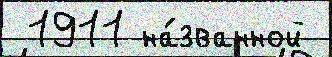
 1911 на́званной